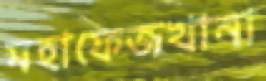
মহাফেজখানা